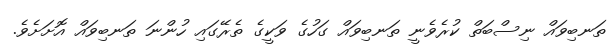
ތަނބިވައް ނިސްބަތް ކުރެވެނީ ތަނބިވައް ގަހުގެ ވަކީގެ ތެރޭގައި ހުންނަ ތަނބިވައް އޮށަށެވެ.